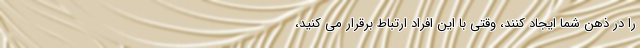
را در ذهن شما ایجاد کنند، وقتی با این افراد ارتباط برقرار می‌ کنید،